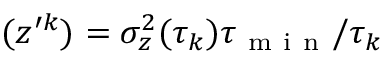
( z ^ { \prime k } ) = \sigma _ { z } ^ { 2 } ( \tau _ { k } ) \tau _ { \mathrm { ~ m ~ i ~ n ~ } } / \tau _ { k }